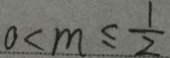
0 < m \leq \frac { 1 } { 2 }